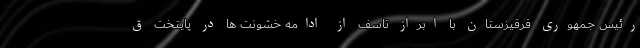
رئیس جمهوری قرقیزستان با ابراز تاسف از ادامه خشونت ها در پایتخت ق